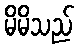
မိမိသည်